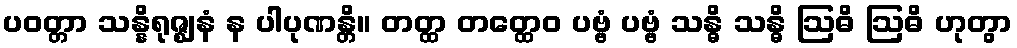
ပဝတ္တာ သန္နိရုဇ္ဈနံ န ပါပုဏန္တိ။ တတ္ထ တတ္ထေဝ ပဗ္ဗံ ပဗ္ဗံ သန္ဓိ သန္ဓိ ဩဓိ ဩဓိ ဟုတွာ